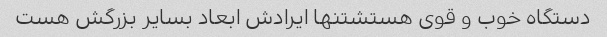
دستگاه خوب و قوی هستشتنها ایرادش ابعاد بسایر بزرگش هست